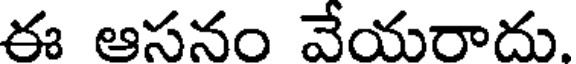
ఈ ఆసనం వేయరాదు.